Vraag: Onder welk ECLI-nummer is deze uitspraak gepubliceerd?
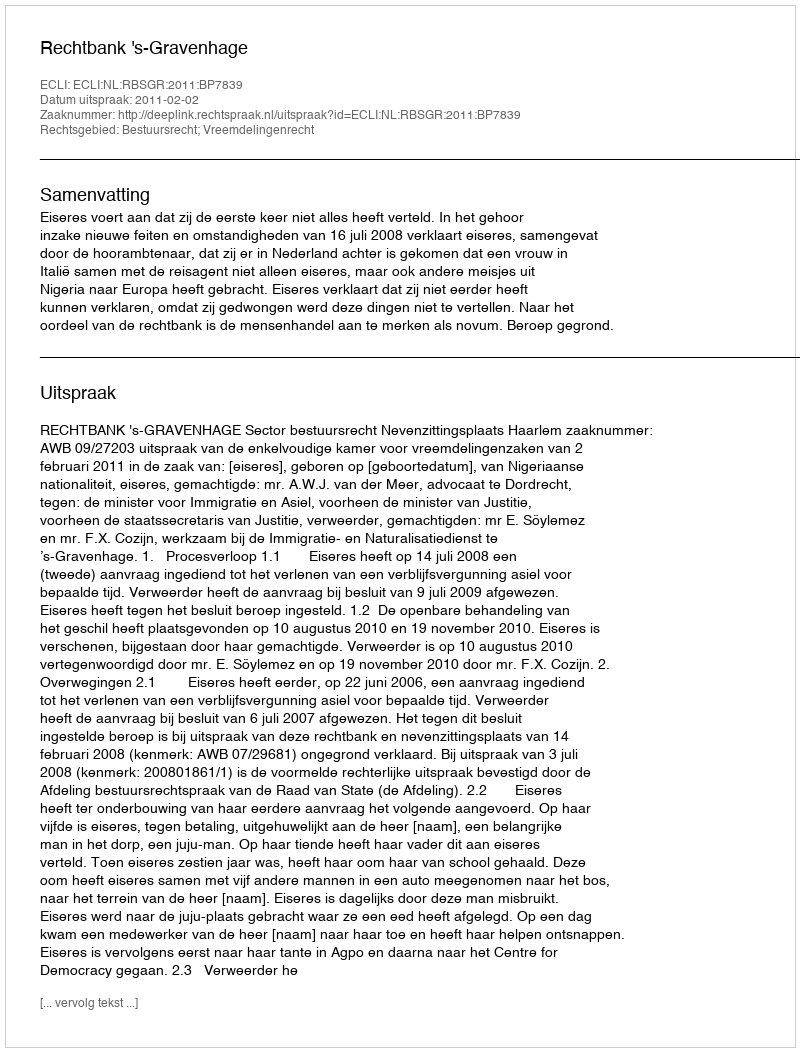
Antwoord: ECLI:NL:RBSGR:2011:BP7839